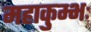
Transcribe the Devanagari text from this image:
महाकुम्भः